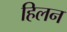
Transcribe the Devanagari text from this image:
हिलन